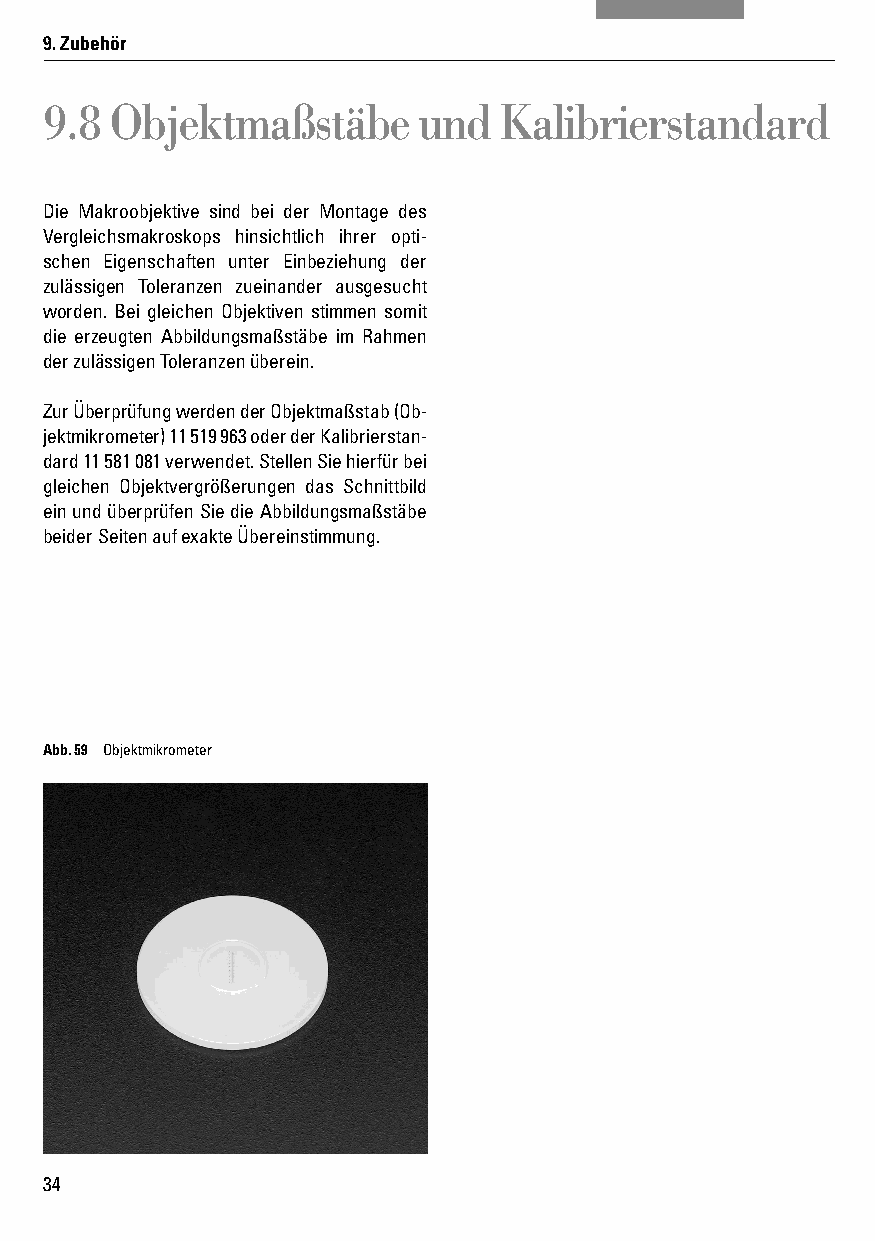
9. Zubehör
 9.8 Objektmaßstäbe       und  Kalibrierstandard
 Die Makroobjektive sind bei der Montage des
 Ver gleichs makroskops hinsichtlich ihrer opti-
 schen Eigenschaften unter Einbeziehung der
 zulässigen Toleranzen zueinander ausgesucht
 worden. Bei gleichen Objektiven stimmen somit
 die erzeugten Abbildungsmaßstäbe im Rahmen
 der zulässigen Toleranzen überein.
 Zur Überprüfung werden der Objektmaßstab (Ob-
 jektmikrometer) 11 519 963 oder der Kalibrierstan-
 dard 11 581 081 verwendet. Stellen Sie hierfür bei
 gleichen Objektvergrößerungen das Schnittbild
 ein und überprüfen Sie die Abbildungsmaßstäbe
 beider Seiten auf exakte Übereinstimmung.
 Abb. 59 Objektmikrometer
 34